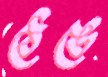
ঠেঙে